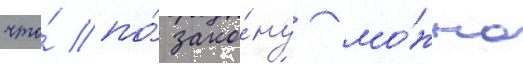
что́ по́ зако́ну мо́жно